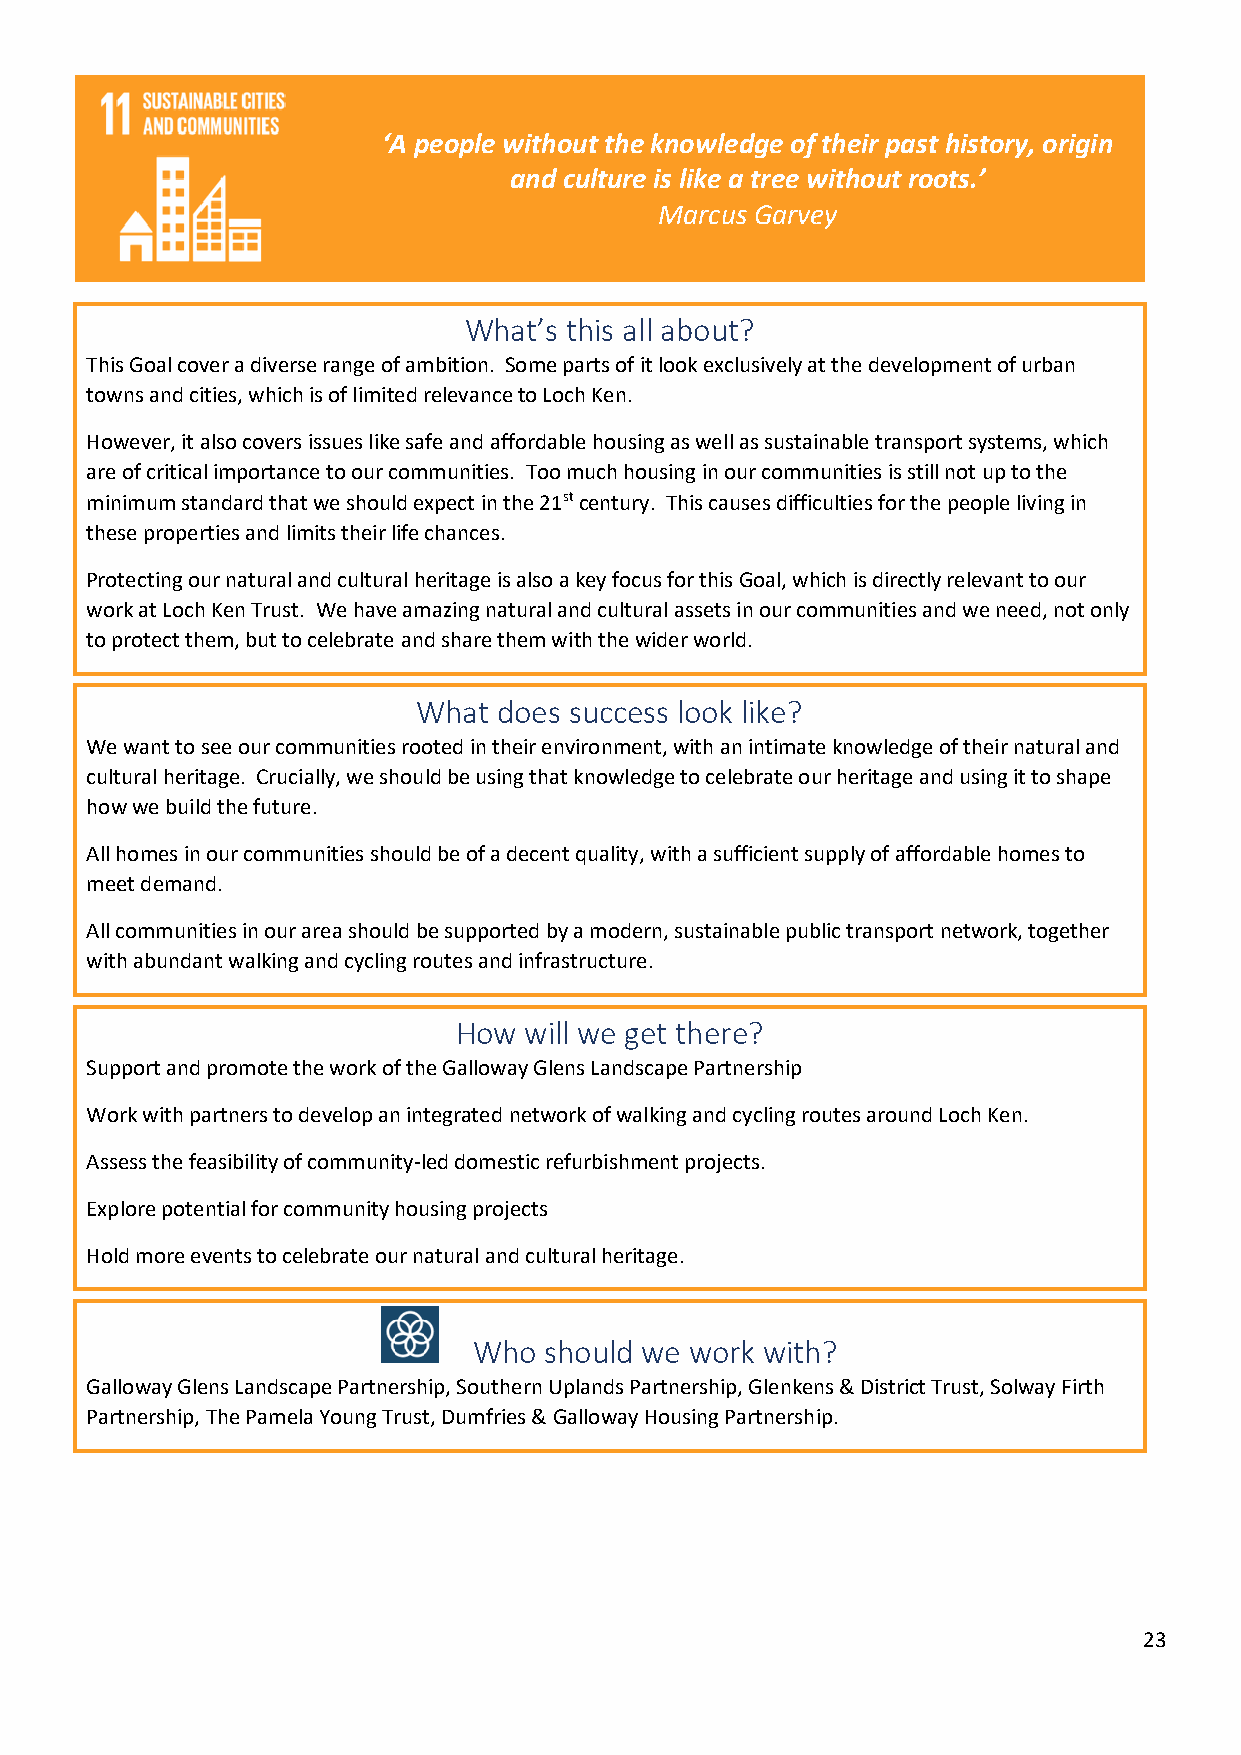
‘A people without the knowledge of their past history, origin
 and culture is like a tree without roots.’
 Marcus Garvey
 What’s this all about?
 This Goal cover a diverse range of ambition. Some parts of it look exclusively at the development of urban
 towns and cities, which is of limited relevance to Loch Ken.
 However, it also covers issues like safe and affordable housing as well as sustainable transport systems, which
 are of critical importance to our communities. Too much housing in our communities is still not up to the
 minimum standard that we should expect in the 21st century. This causes difficulties for the people living in
 these properties and limits their life chances.
 Protecting our natural and cultural heritage is also a key focus for this Goal, which is directly relevant to our
 work at Loch Ken Trust. We have amazing natural and cultural assets in our communities and we need, not only
 to protect them, but to celebrate and share them with the wider world.
 What does success look like?
 We want to see our communities rooted in their environment, with an intimate knowledge of their natural and
 cultural heritage. Crucially, we should be using that knowledge to celebrate our heritage and using it to shape
 how we build the future.
 All homes in our communities should be of a decent quality, with a sufficient supply of affordable homes to
 meet demand.
 All communities in our area should be supported by a modern, sustainable public transport network, together
 with abundant walking and cycling routes and infrastructure.
 How  will we get there?
 Support and promote the work of the Galloway Glens Landscape Partnership
 Work with partners to develop an integrated network of walking and cycling routes around Loch Ken.
 Assess the feasibility of community-led domestic refurbishment projects.
 Explore potential for community housing projects
 Hold more events to celebrate our natural and cultural heritage.
 Who  should we work with?
 Galloway Glens Landscape Partnership, Southern Uplands Partnership, Glenkens & District Trust, Solway Firth
 Partnership, The Pamela Young Trust, Dumfries & Galloway Housing Partnership.
 23